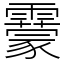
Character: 靀